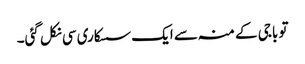
تو باجی کے منہ سے ایک سسکاری سی نکل گئی۔